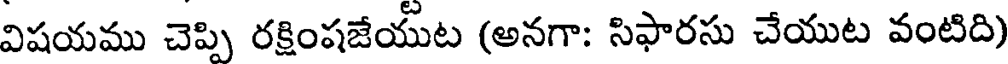
విషయము చెప్పి రక్షింషజేయుట (అనగా: సిఫారసు చేయుట వంటిది)